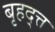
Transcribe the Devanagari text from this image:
बृहद्त्त